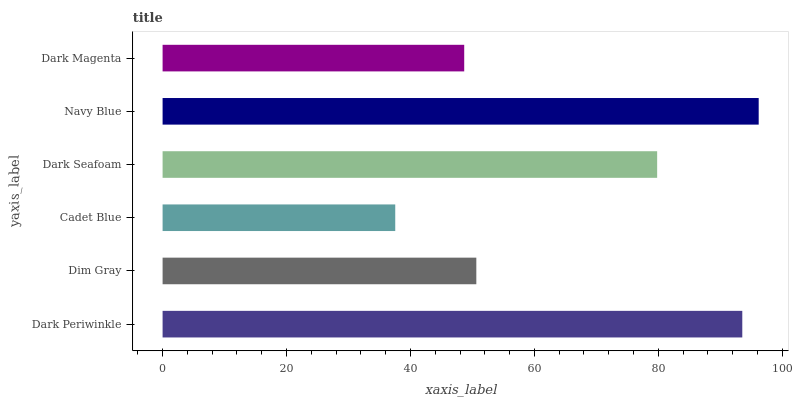
| yaxis_label | bars |
 | --- | --- |
 | Dark Periwinkle | 93.6 |
 | Dim Gray | 50.6 |
 | Cadet Blue | 37.5 |
 | Dark Seafoam | 79.8 |
 | Navy Blue | 96.2 |
 | Dark Magenta | 48.7 |